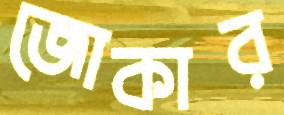
জোকার